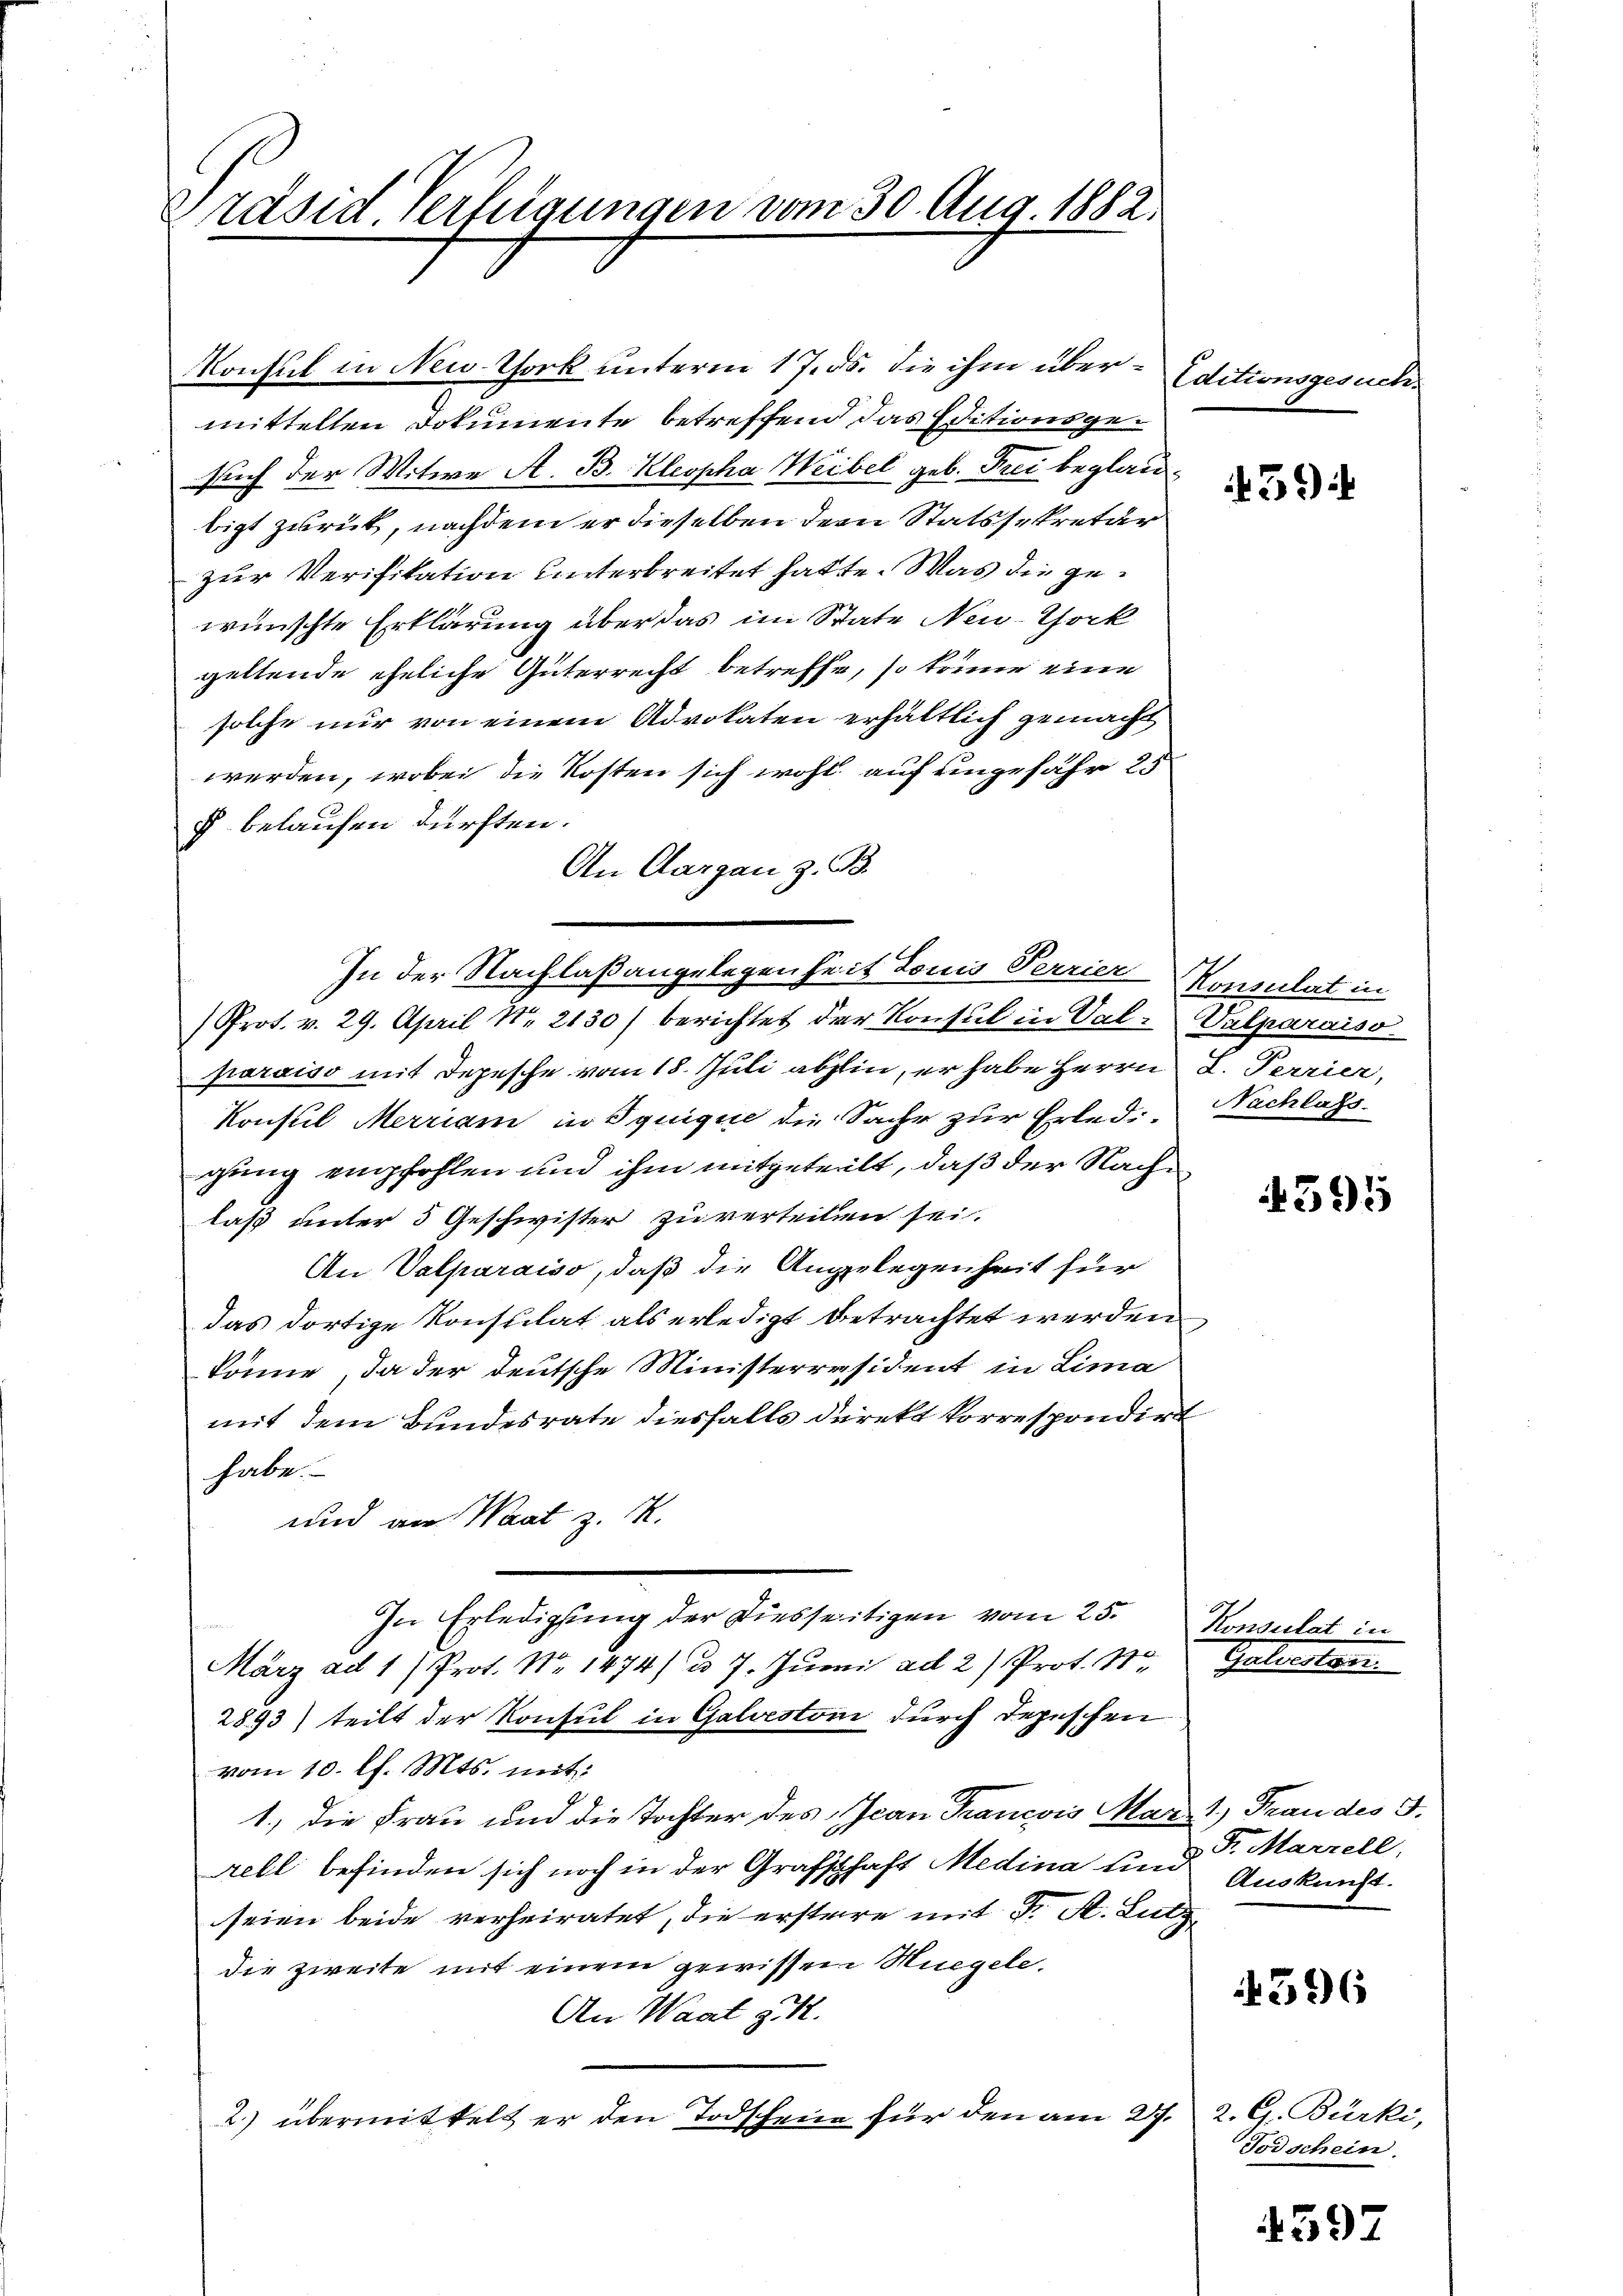
Präsid Verfügungen vom 30. Aug. 1882.

zur Verifikation unterbreitet hatte. Was die gewünschte Erklärung über das im State Neu-Chork
geltende eheliche Güterrecht betreffe, so könne eine
solche nur von einem Advokaten erhältlich gemacht
werden, wobei die Kosten sich wohl auf ungefähr 25
§ belaufen dürften.
An Aargau z. B.
/Prot. v. 29. April Nr. 2130) berichtet der Konsul in Val-Valparaiso
paraiso mit Depesche vom 18. Juli abhin, er habe Herrn L. Perrier,
Konsul Merriam in Squique die Sache zur Erledi- Nachlass
gung empfohlen und ihm mitgeteilt, daß der Nachlaß unter 3 Geschwister zu verteilen sei.
An Valparaiso, daß die Angelegenheit für
das dortige Konsulat als erledigt betrachtet werden,
könne, da der deutsche Ministerräsident in Lima
mit dem Bundesrate diesfalls direkt korrespondirt
habe.
und am Waat z. K.
In Erledigung der diesseitigen vom 25. Konsulat
e
März ad 1) Prot. Nr. 1474) u. 7. Junii ad 2) Prot. 11. Galvertar
2893) teilt der Konsul in Galvestori durch Depeschen
vom 10. l. Mts. mit:
1., die Frau und die Tochter des Jean Francois Mar. 1.) Frau des J.
rell befinden sich noch in der Grafschaft Medina und Auskunft.
seien beide verheiratet, die erstere mit Dr. A. Lutz
die zweite mit einem gewissen Hügele
An Waat zu.
2.) übermittelt er den Todschene für den am 27. 2. G. Bürki,

Konsul in New-Thock unterm 17. ds. die ihm übermittelten Dokumente betreffend das Editionsgesuch der Witwe A. B. Kleopha Weibel geb. Frei beglaubigt zurück, nachdem er dieselben dem Statssekretär

In der Nachlaßangelegenheit Louis Perrier Konsulat in

Editionsgesuch.

3

4591

Fr. Marzell.

4396

Todschein.

4597